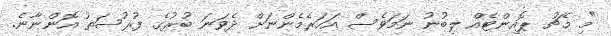
"މި މެޗު ޕޮއިންޓެއް ލިބުނު ނަމަވެސް އަހަރެމެންނަށް ދެވަނަ ބުރުގެ ފުރުސަތު އޮންނާނެ.